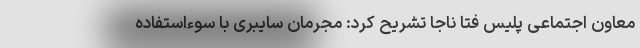
معاون اجتماعی پلیس فتا ناجا تشریح کرد: مجرمان سایبری با سوءاستفاده